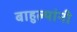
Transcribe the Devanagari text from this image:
बाहुल्यांनी